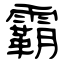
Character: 霸